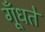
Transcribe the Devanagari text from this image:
गूँधते